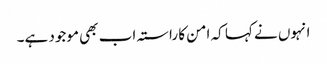
انہوں نے کہا کہ امن کا راستہ اب بھی موجود ہے۔